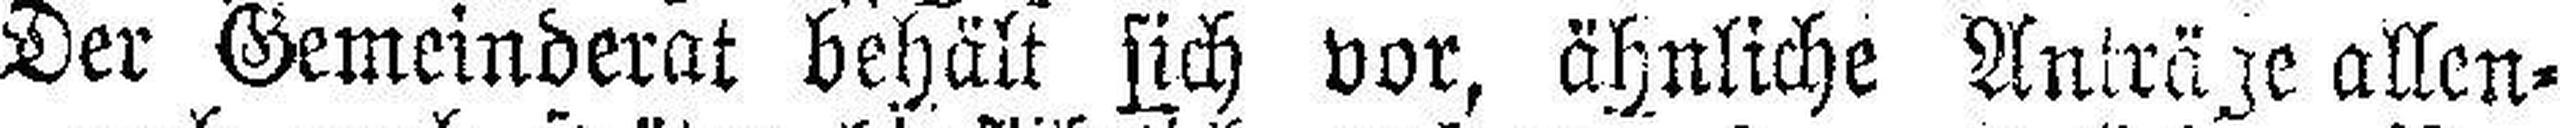
Der Gemeinderat behält sich vor, ähnliche Anträge allen¬